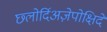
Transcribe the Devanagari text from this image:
छ्लोर्दिअज़ेपोक्षिदे